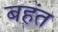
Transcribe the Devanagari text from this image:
बहंत